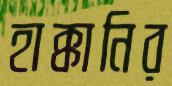
হাক্কানির